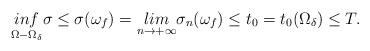
LaTeX: \begin{align*}\underset {\Omega-\Omega_{\delta}} {inf}\sigma \leq \sigma(\omega_f)=\underset {n\rightarrow +\infty} {lim} \sigma_n(\omega_f) \leq t_0=t_0(\Omega_{\delta})\leq T. \end{align*}